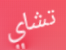
تشاي